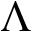
\Lambda